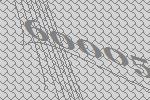
60005